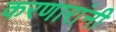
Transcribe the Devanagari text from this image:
करणारांनी